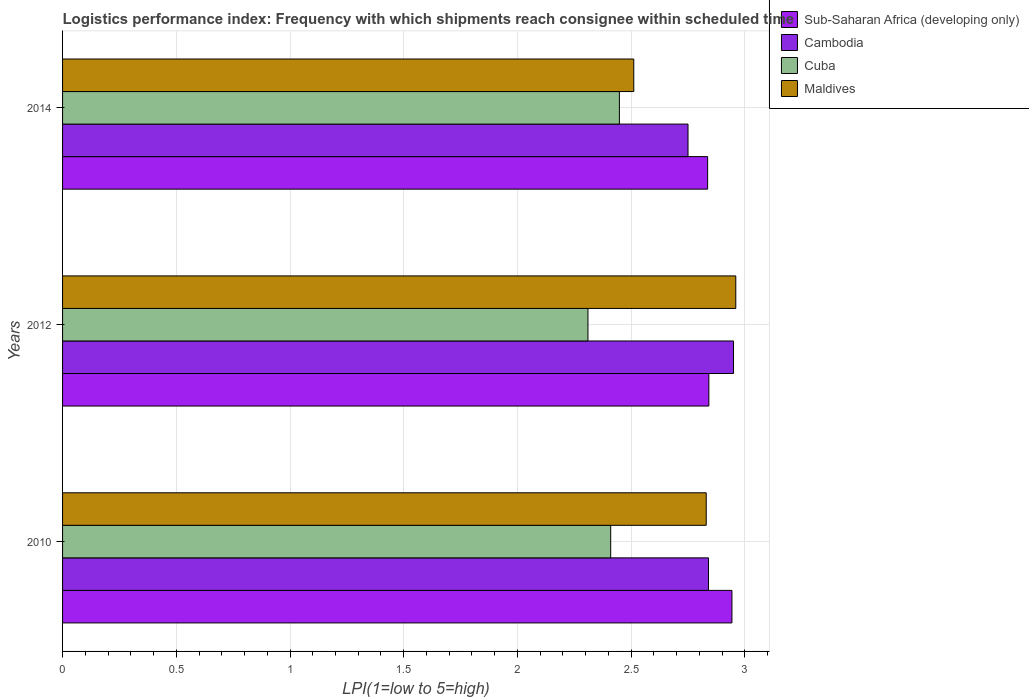
| Years | Sub-Saharan Africa (developing only) | Cambodia | Cuba | Maldives |
 | --- | --- | --- | --- | --- |
 | 2010 | 2.94 | 2.84 | 2.41 | 2.83 |
 | 2012 | 2.84 | 2.95 | 2.31 | 2.96 |
 | 2014 | 2.84 | 2.75 | 2.45 | 2.51 |